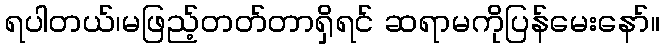
ရပါတယ်၊မဖြည့်တတ်တာရှိရင် ဆရာမကိုပြန်မေးနော်။